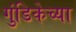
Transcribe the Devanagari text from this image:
गुंडिकेच्या